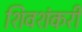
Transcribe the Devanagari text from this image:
शिवशंकरी